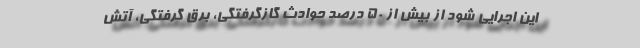
این اجرایی شود از بیش از ۵٠ درصد حوادث گازگرفتگی، برق گرفتگی، آتش